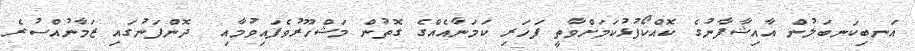
އަނބިކަނބަލުން އާއިޝާފާނުގެ ކޮއްކޯފުޅުކަމަށްވާތީ ފަހަރި ކަމަނާއެއްގެ ގޮތުން މަޝްހޫރުވެފައިވުމާއި  ދޮންފަނުގައި ޒަމާނުއްސުރެ